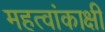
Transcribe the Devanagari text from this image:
महत्वांकाक्षी